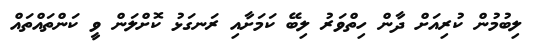
ލިބުމުން ކުރިއަށް ދާން ހިތްވަރު ލިބޭ ކަމަށާއި ރަނގަޅު ކޮށްލަން ވީ ކަންތައްތައް